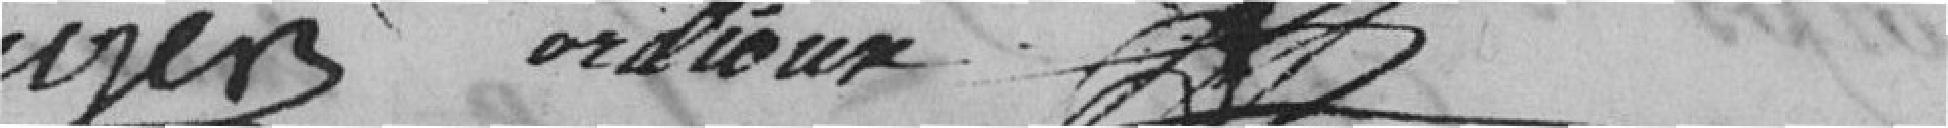
Burger      Cordioux